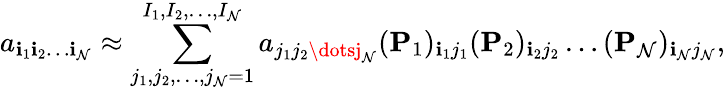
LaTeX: a_{\mathbf{i}_{1}\mathbf{i}_{2}\dots\mathbf{i}_{\mathcal{N}}}\approx\sum_{j_{1},j_{2},\dots,j_{\mathcal{N}}=1}^{I_{1},I_{2},\dots,I_{\mathcal{N}}}a_{j_{1}j_{2}\dotsj_{\mathcal{N}}}(\mathbf{{P}}_{1})_{\mathbf{i}_{1}j_{1}}(\mathbf{{P}}_{2})_{\mathbf{i}_{2}j_{2}}\dots(\mathbf{{P}}_{\mathcal{N}})_{\mathbf{i}_{\mathcal{N}}j_{\mathcal{N}}},